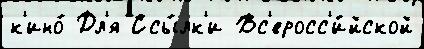
к'ино́ Дл'я Ссы́лк'и Вс'еросс'и́йской